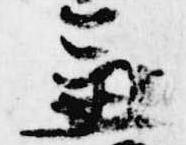
兼